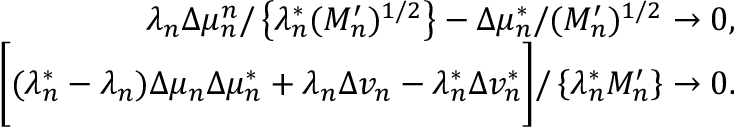
\begin{array} { r } { \lambda _ { n } \Delta \mu _ { n } ^ { n } / \left\{ \lambda _ { n } ^ { * } ( M _ { n } ^ { \prime } ) ^ { 1 / 2 } \right\} - \Delta \mu _ { n } ^ { * } / ( M _ { n } ^ { \prime } ) ^ { 1 / 2 } \to 0 , } \\ { \biggr [ ( \lambda _ { n } ^ { * } - \lambda _ { n } ) \Delta \mu _ { n } \Delta \mu _ { n } ^ { * } + \lambda _ { n } \Delta v _ { n } - \lambda _ { n } ^ { * } \Delta v _ { n } ^ { * } \biggr ] / \left\{ \lambda _ { n } ^ { * } M _ { n } ^ { \prime } \right\} \to 0 . } \end{array}